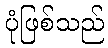
ပုံဖြစ်သည်